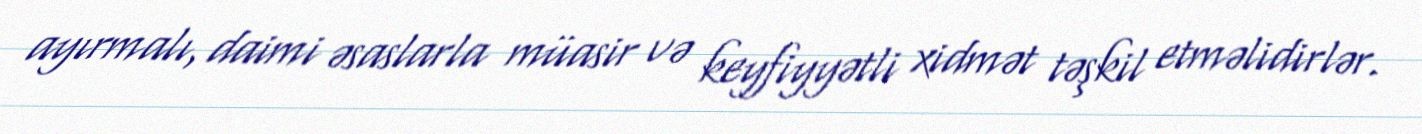
ayırmalı, daimi əsaslarla müasir və keyfiyyətli xidmət təşkil etməlidirlər.